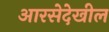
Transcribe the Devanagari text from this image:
आरसेदेखील